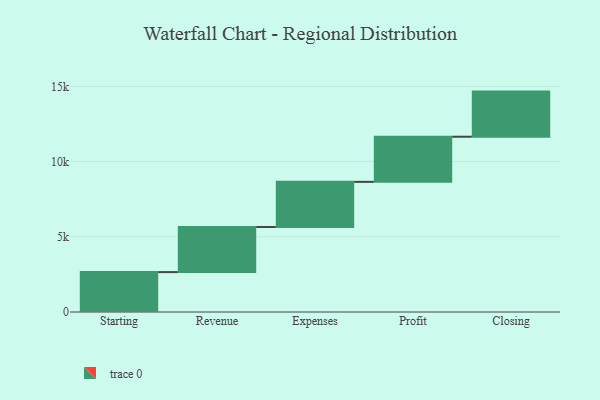
{"axis": {"x": "Step", "y": "Value"}, "legend": [""], "data": [{"x": "Starting", "y": 2653.0, "type": ""}, {"x": "Revenue", "y": 3000, "type": ""}, {"x": "Expenses", "y": 3000, "type": ""}, {"x": "Profit", "y": 3000, "type": ""}, {"x": "Closing", "y": 3000, "type": ""}]}